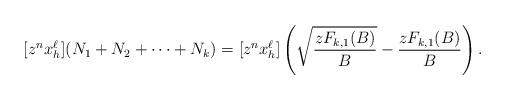
LaTeX: \begin{align*}[z^n x_h^{\ell}] (N_1 + N_2 + \cdots + N_k)=[z^n x_h^{\ell}]\left(\sqrt{\frac{zF_{k,1}(B)}{B}}-\frac{zF_{k,1}(B)}{B}\right).\end{align*}